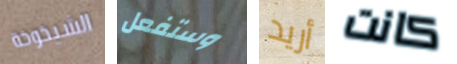
الشيخوخة وستفعل أريد كانت